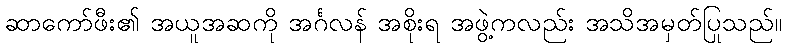
ဆာကော်ဖီး၏ အယူအဆကို အင်္ဂလန် အစိုးရ အဖွဲ့ကလည်း အသိအမှတ်ပြုသည်။